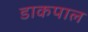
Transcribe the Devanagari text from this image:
डाकपाल